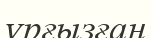
ұрғызған